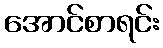
အောင်စာရင်း